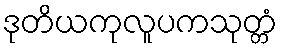
ဒုတိယကုလူပကသုတ္တံ